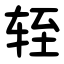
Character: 轾